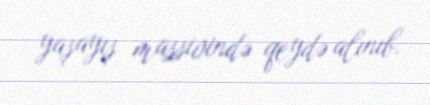
yaşayış massivində qeydə alınıb.